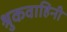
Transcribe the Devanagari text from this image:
श्रुकवाहिनी